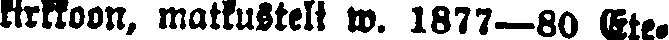
kirkkoon, matkusteli w. 1877—80 Ete-